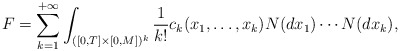
\begin{align*}F = \sum_{k=1}^{+\infty} \int_{([0,T]\times[0,M])^k} \frac{1}{k!} c_k(x_1,\ldots,x_k) N(dx_1) \cdots N(dx_k),\end{align*}